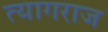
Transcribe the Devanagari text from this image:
त्‍यागराज